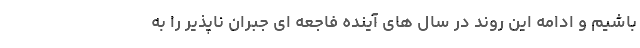
باشیم و ادامه این روند در سال های آینده فاجعه ای جبران ناپذیر را به